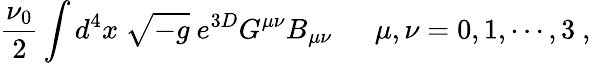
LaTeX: \frac{\nu_{0}}{2}\int d^{4}x\ \sqrt{-g}\ e^{3D}G^{\mu\nu}B_{\mu\nu}{}~~~~~\ \mu,\nu=0,1,\cdots,3\ ,